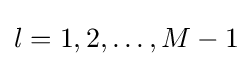
l=1,2,\dots ,M-1